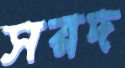
সরদ